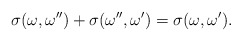
\begin{align*}\sigma(\omega,\omega^{\prime\prime})+ \sigma(\omega^{\prime\prime},\omega^\prime)=\sigma(\omega,\omega^\prime). \end{align*}